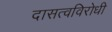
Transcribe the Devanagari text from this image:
दासत्वविरोधी